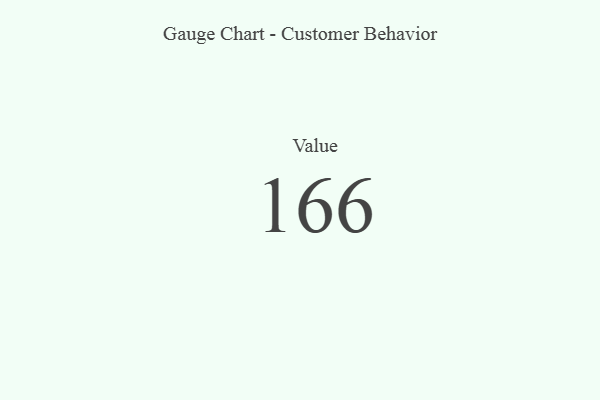
{"axis": {"x": "Metric", "y": "Value"}, "legend": [""], "data": [{"x": "Value", "y": 166, "type": ""}]}